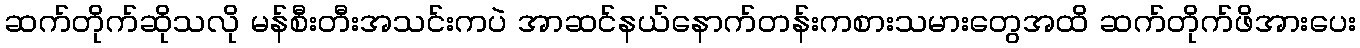
ဆက်တိုက်ဆိုသလို မန်စီးတီးအသင်းကပဲ အာဆင်နယ်နောက်တန်းကစားသမားတွေအထိ ဆက်တိုက်ဖိအားပေး